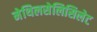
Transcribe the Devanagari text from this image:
मेथिलसेलिसिलेट